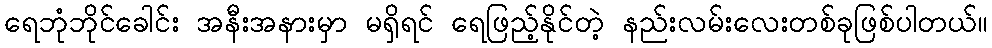
ရေဘုံဘိုင်ခေါင်း အနီးအနားမှာ မရှိရင် ရေဖြည့်နိုင်တဲ့ နည်းလမ်းလေးတစ်ခုဖြစ်ပါတယ်။